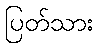
ပြတ်သား